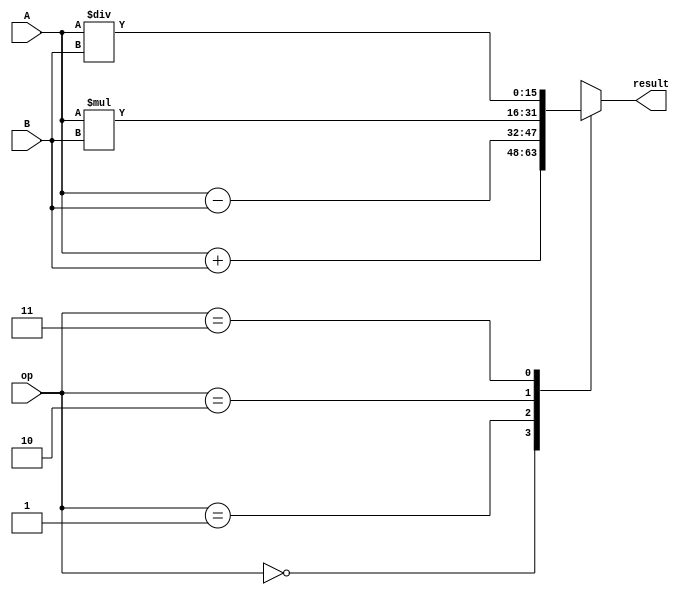
module half_precision_fpu(
    input wire [15:0] A, // input operand A in half-precision format
    input wire [15:0] B, // input operand B in half-precision format
    input wire [1:0] op, // operation select (00:addition, 01:subtraction, 10:multiplication, 11:division)
    output reg [15:0] result // output result in half-precision format
);

reg [15:0] temp_result;

always @(*)
begin
    case(op)
        2'b00: temp_result = A + B; // addition
        2'b01: temp_result = A - B; // subtraction
        2'b10: temp_result = A * B; // multiplication
        2'b11: temp_result = A / B; // division
    endcase
end

// additional logic for handling overflow, underflow, rounding errors can be added here

assign result = temp_result;

endmodule